Civil Veterinary Department Bihar reports 1936-40 - 1936-1940
Year: 1936
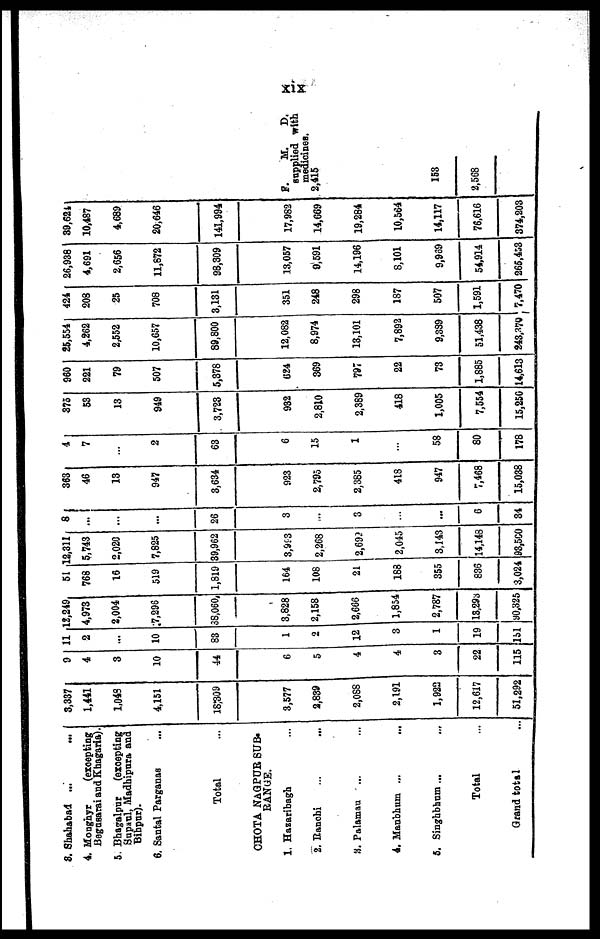
xix
3. Shahabad ... ...
4. Monghyr
(ezcepting
Begusarai and Khagaria).
5. Bhagalpur
(excepting
Supaul, Madhipura and
Bihpur).
6. Santal Parganas ...
Total ...
CHOTA NAGPUR SUB-
RANGE.
1. Hazaribagh ...
2. Ranohi
...
...
3. Palamau ... ...
4. Manbhum ...
...
5. Singhbhum ... ...
Total ...
Grand total ...
3,337
1,441
1,043
4,151
18,309
3,577
2,839
2,088
2,191
1,922
12,617
51,292
9
4
3
10
44
6
5
4
4
3
22
115
11
2
...
10
83
1
2
12
3
1
19
151
12,249
4,973
2,004
7,296
38,060
3,828
2,158
2,666
1,854
2,787
13,293
90,325
51
768
16
519
1,819
164
108
21
188
355
836
3,024
12,311
5,743
2,020
7,825
39,962
3,993
2,268
2,692
2,045
3,443
14,148
93,500
8
...
...
...
26
3
...
3
...
...
6
34
363
46
13
947
3,634
923
2,795
2,385
418
947
7,468
15,038
4
7
...
2
63
6
15
1
...
58
80
178
375
53
13
949
3,723
932
2,810
2,389
418
1,005
7,554
15,250
960
221
79
507
5,378
624
369
797
22
73
1,885
14,613
25,554
4,262
2,552
10,657
89,800
12,082
8,974
13,101
7,892
9,339
51,438
243,370
424
208
25
708
3,131
351
248
298
187
507
1,591
7,470
26,938
4,691
2,656
11,672
98,309
13,057
9,591
14,196
8,101
9,969
54,914
265,453
39,624
10,487
4,689
20,646
141,994
17,982
14,669
19,284
10,564
14,117
76,616
374,203
F.
M.
D.
supplied with
medicines.
2,415
153
2,568